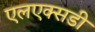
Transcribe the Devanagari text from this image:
एलएक्सडी